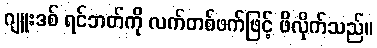
ဂျူးဒစ် ရင်ဘတ်ကို လက်တစ်ဖက်ဖြင့် ဖိလိုက်သည်။